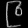
Digit: ၉